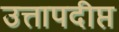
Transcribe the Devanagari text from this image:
उत्तापदीप्त